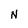
Character: N